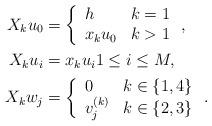
LaTeX: \begin{align*}X_k u_0 &= \left\{\begin{array}{lr}h & k=1 \\x_ku_0 & k>1\end{array}\right.,\\X_k u_i &= x_ku_i 1\le i\le M,\\X_k w_j &= \left\{\begin{array}{lr}0 & k\in\{1,4\} \\v^{(k)}_j & k\in\{2,3\}\end{array}\right..\end{align*}